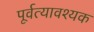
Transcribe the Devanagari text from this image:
पूर्वत्यावश्यक